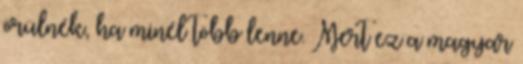
örülnék, ha minél több lenne. Mert ez a magyar